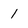
Character: 1